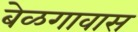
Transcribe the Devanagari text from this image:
बेळगावास